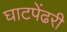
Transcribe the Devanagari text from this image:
घाटपेंढरी